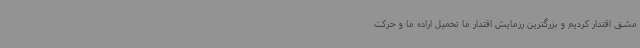
مشق اقتدار کردیم و بزرگترین رزمایش اقتدار ما تحمیل اراده ما و حرکت